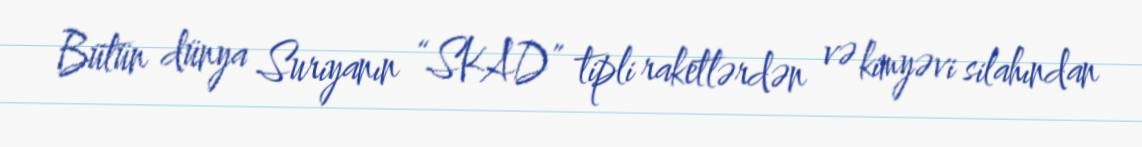
Bütün dünya Suriyanın “SKAD” tipli raketlərdən və kimyəvi silahından